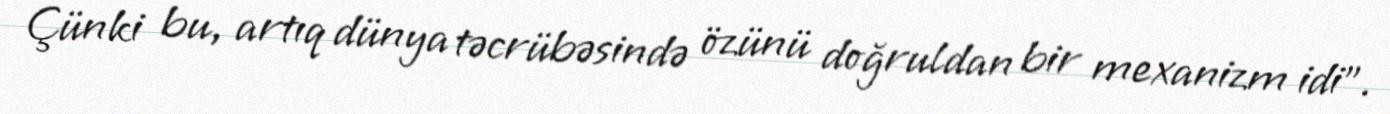
Çünki bu, artıq dünya təcrübəsində özünü doğruldan bir mexanizm idi”.